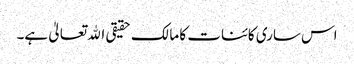
اس ساری کائنات کا مالک حقیقی اﷲ تعالیٰ ہے۔